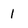
Character: 1